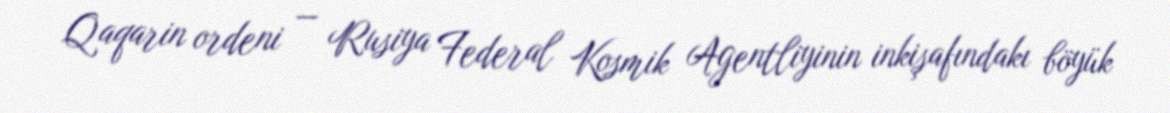
Qaqarin ordeni — Rusiya Federal Kosmik Agentliyinin inkişafındakı böyük